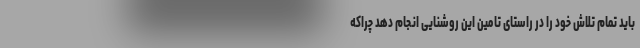
باید تمام تلاش خود را در راستای تامین این روشنایی انجام دهد چراکه